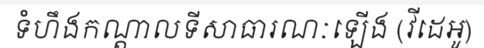
ទំហឹងកណ្តាលទីសាធារណៈឡើង (វីដេអូ)